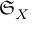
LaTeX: { \mathfrak { S } } _ { X }